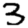
Digit: 3